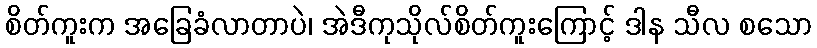
စိတ်ကူးက အခြေခံလာတာပဲ၊ အဲဒီကုသိုလ်စိတ်ကူးကြောင့် ဒါန သီလ စသော